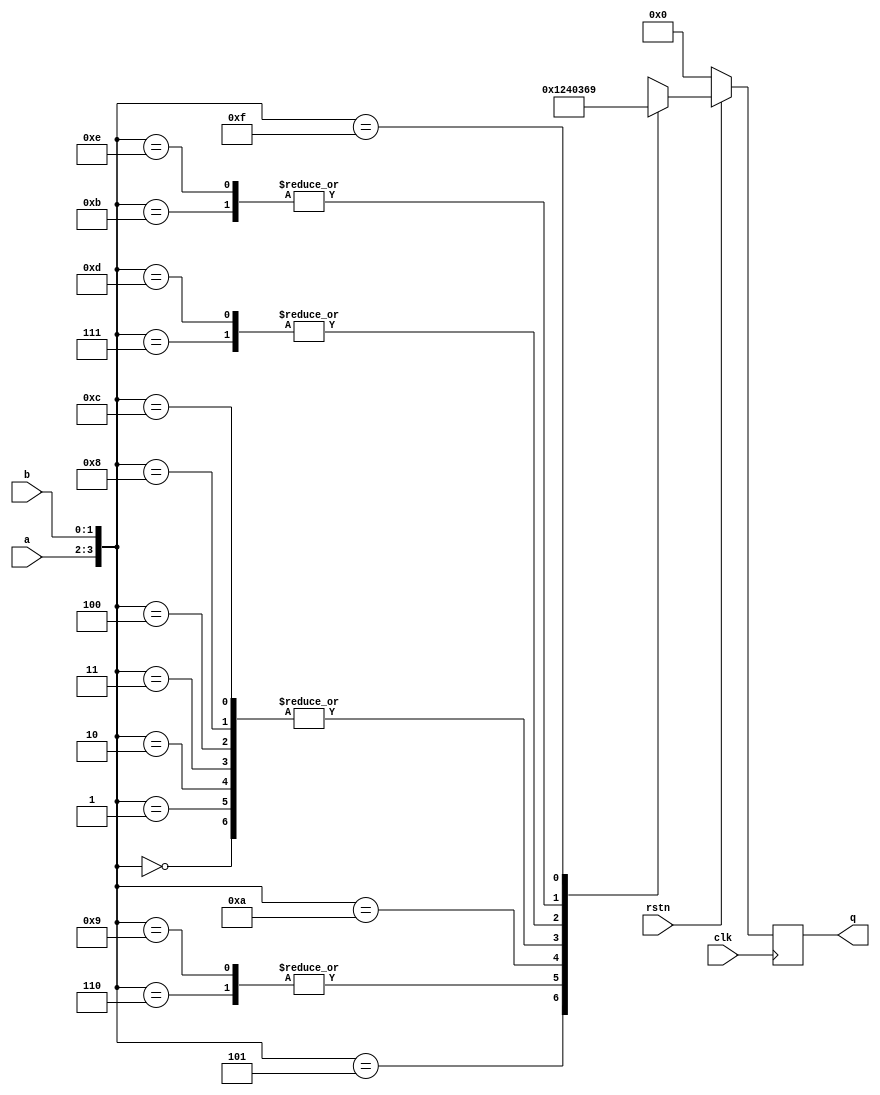
module multiplier_unsigned_b2 (
    input clk,
    input rstn,

    input      [1:0] a,
    input      [1:0] b,
    output reg [3:0] q
);

  wire [4:0] res_rom[0:15];
  assign res_rom[4'b0000] = 4'b0000;
  assign res_rom[4'b0001] = 4'b0000;
  assign res_rom[4'b0010] = 4'b0000;
  assign res_rom[4'b0011] = 4'b0000;
  assign res_rom[4'b0100] = 4'b0000;
  assign res_rom[4'b0101] = 4'b0001;
  assign res_rom[4'b0110] = 4'b0010;
  assign res_rom[4'b0111] = 4'b0011;
  assign res_rom[4'b1000] = 4'b0000;
  assign res_rom[4'b1001] = 4'b0010;
  assign res_rom[4'b1010] = 4'b0100;
  assign res_rom[4'b1011] = 4'b0110;
  assign res_rom[4'b1100] = 4'b0000;
  assign res_rom[4'b1101] = 4'b0011;
  assign res_rom[4'b1110] = 4'b0110;
  assign res_rom[4'b1111] = 4'b1001;

  always @(posedge clk) begin
    if (!rstn) begin
      q <= 4'b0;
    end else begin
      q <= res_rom[{a, b}];
    end
  end

endmodule